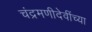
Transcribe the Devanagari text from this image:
चंद्रमणीदेवींच्या